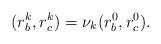
LaTeX: \begin{align*}(r_b^k, r_c^k)= \nu_k (r_b^0, r_c^0).\end{align*}